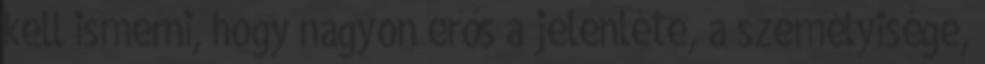
kell ismerni, hogy nagyon erős a jelenléte, a személyisége,